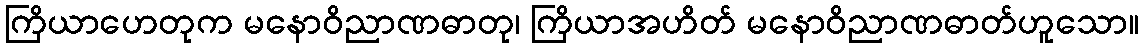
ကြိယာဟေတုက မနောဝိညာဏဓာတု၊ ကြိယာအဟိတ် မနောဝိညာဏဓာတ်ဟူသော။